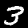
Label: 3